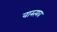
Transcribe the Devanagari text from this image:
वास्त्यव